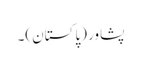
پشاو‏ر (پاکستان)۔